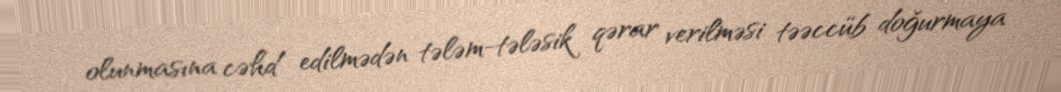
olunmasına cəhd edilmədən tələm-tələsik qərar verilməsi təəccüb doğurmaya